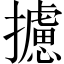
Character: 攄